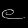
Digit: ၉